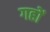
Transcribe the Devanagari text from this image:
गहों